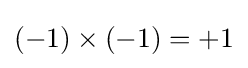
(-1)\times (-1)=+1